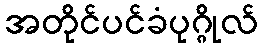
အတိုင်ပင်ခံပုဂ္ဂိုလ်